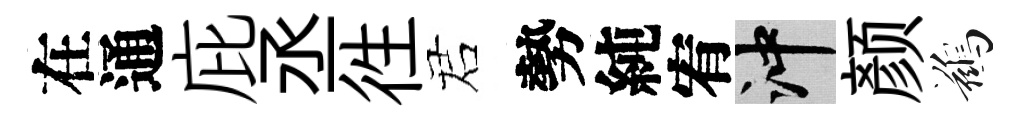
在通庇丞徃诺勢純宥冲颜鷀